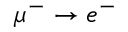
\mu ^ { - } \to e ^ { - }